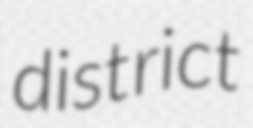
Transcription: district